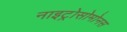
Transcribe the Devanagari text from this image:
नाइट्रोसोमोनस